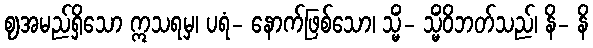
ဈအမည်ရှိသော ဣသရမှ၊ ပရံ- နောက်ဖြစ်သော၊ သ္မိံ- သ္မိံဝိဘတ်သည်၊ နိ- နိ